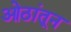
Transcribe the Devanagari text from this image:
ओठांतून